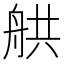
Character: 舼